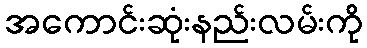
အကောင်းဆုံးနည်းလမ်းကို